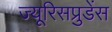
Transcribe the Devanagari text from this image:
ज्यूरिसप्रुडेंस